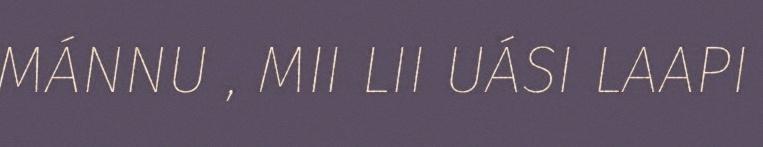
MÁNNU , MII LII UÁSI LAAPI